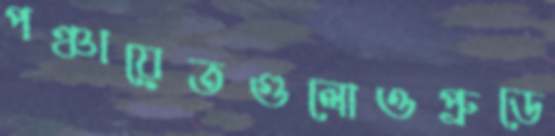
পঞ্চায়েতগুলোওপ্রুডে